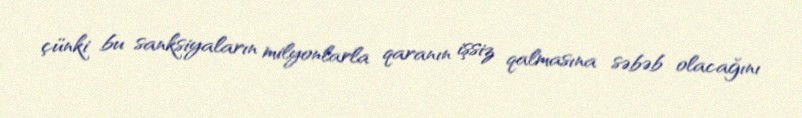
çünki bu sanksiyaların milyonlarla qaranın işsiz qalmasına səbəb olacağını